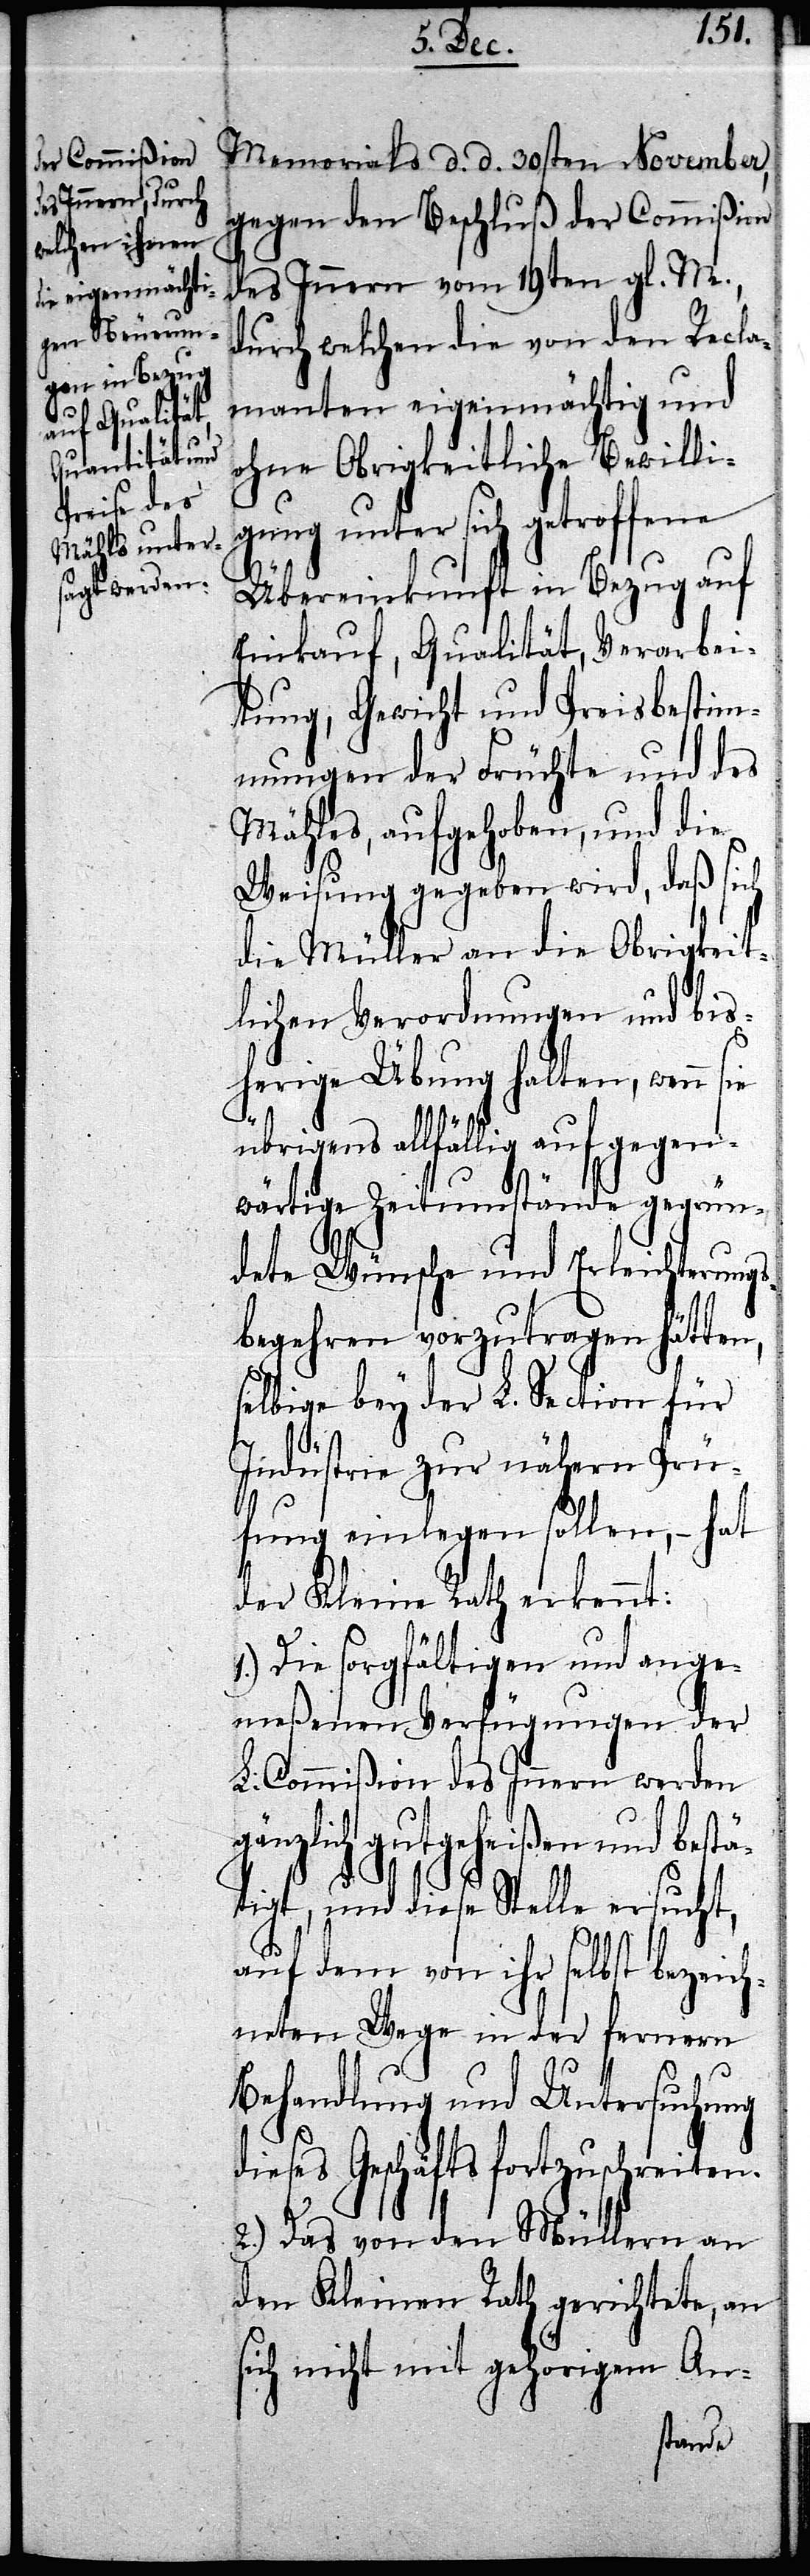
Memorials d. d. 30sten November,
gegen den Beschluß der Commißion
des Innern vom 19ten gl. M.,
durch welchen die von den Recla¬
manten eigenmächtig und
ohne Obrigkeitliche Bewilli¬
gung unter sich getroffene
Übereinkunft in Bezug auf
Einkauf, Qualität, Verarbei¬
tung, Gewicht und Preisbestim¬
mungen der Früchte und des
Mähles, aufgehoben, und die
Weisung gegeben wird, daß sich
die Müller an die Obrigkeit¬
lichen Verordnungen und bis¬
herige Übung halten, – wenn
übrigens allfällig auf gegen¬
wärtige Zeitumstände gegrün¬
dete Wünsche und Erleichterungs¬
begehren vorzutragen hätten,
selbige bey der L. Section für
Industrie zur nähern Prü¬
fung einlegen sollen, – hat
der Kleine Rath erkennt:
1.) Die sorgfältigen und ange¬
meßenen Verfügungen der
L. Commißion des Innern werden
gänzlich gutgeheißen und bestä¬
tigt, und diese Stelle ersucht,
auf dem von ihr selbst bezeich¬
neten Wege in der fernern
Behandlung und Untersuchung
dieses Geschäfts fortzuschreiten.
2.) Das von den Müllern an
den Kleinen Rath gerichtete, an
sich nicht mit gehörigem An-